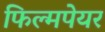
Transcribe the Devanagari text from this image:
फिल्मपेयर